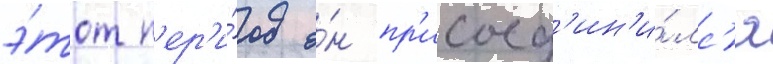
э́тот п'ер'и́од о́н пр'исоед'ин'и́лс'я